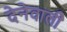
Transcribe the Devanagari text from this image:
देनेवालीे